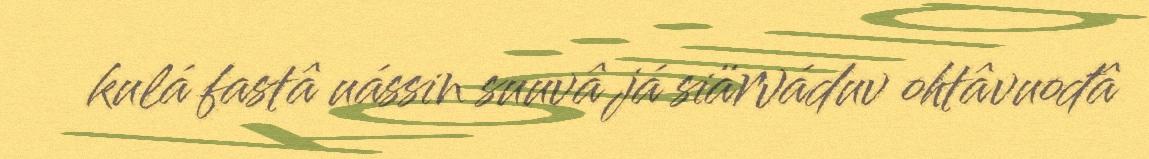
kulá fastâ uássin suuvâ já siärváduv ohtâvuođâ